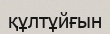
құлтұйғын